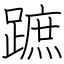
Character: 蹠